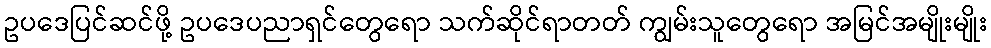
ဥပဒေပြင်ဆင်ဖို့ ဥပဒေပညာရှင်တွေရော သက်ဆိုင်ရာတတ် ကျွမ်းသူတွေရော အမြင်အမျိုးမျိုး